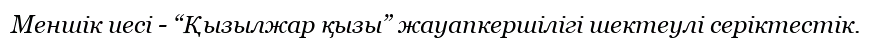
Меншік иесі - “Қызылжар қызы” жауапкершілігі шектеулі серіктестік.